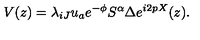
V ( z ) = \lambda _ { i J } u _ { a } e ^ { - \phi } { S ^ { \alpha } } \Delta e ^ { i 2 p X } ( z ) .